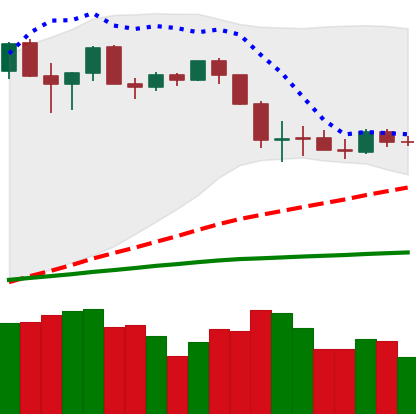
Ticker: ETH-USD
Chart end date: 2020-03-04
Forward return: -10.036%
Label: down_7plus